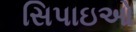
સિપાઇઓ